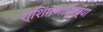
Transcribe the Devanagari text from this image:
श्शिंगणापूरच्या